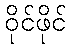
ဝိုင်ဖိုင်